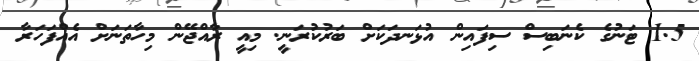
1.5 ޓަނުގެ ކެނަބިސް ސިފައިން އުޅަނދަކަށް ބަރުކުރަނީ. މިއީ ރާއްޖޭން މިހާތަނަށް އެއްފަހަރާ